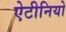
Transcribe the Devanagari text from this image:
ऐटीनियो